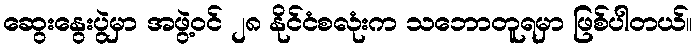
ဆွေးနွေးပွဲမှာ အဖွဲ့ဝင် ၂၈ နိုင်ငံစလုံးက သဘောတူရမှာ ဖြစ်ပါတယ်။